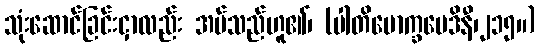
သုံးဆောင်ခြင်းငှာလည်း အပ်သည်ဟူ၏၊ (ပါတိမောက္ခမေဒိနီ၊၂၁၅။)